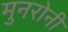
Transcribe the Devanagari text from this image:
मुनरोनी